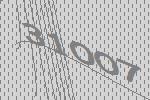
31007